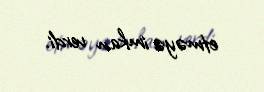
etməyə imkan verdi.